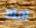
افقد